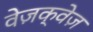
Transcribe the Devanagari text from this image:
वेज़क्वेज़